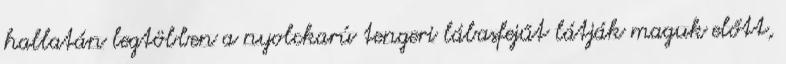
hallatán legtöbben a nyolckarú tengeri lábasfejűt látják maguk előtt,